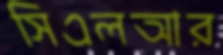
সিএলআর